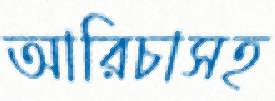
আরিচাসহ